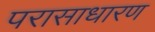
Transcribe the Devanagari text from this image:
परासाधारण